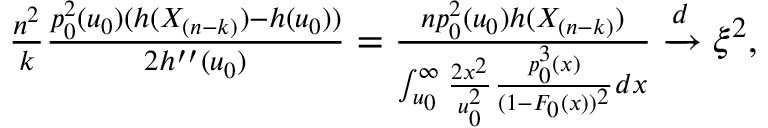
\begin{array} { r } { \frac { n ^ { 2 } } { k } \frac { p _ { 0 } ^ { 2 } ( u _ { 0 } ) ( h ( X _ { ( n - k ) } ) - h ( u _ { 0 } ) ) } { 2 h ^ { \prime \prime } ( u _ { 0 } ) } = \frac { n p _ { 0 } ^ { 2 } ( u _ { 0 } ) h ( X _ { ( n - k ) } ) } { \int _ { u _ { 0 } } ^ { \infty } \frac { 2 x ^ { 2 } } { u _ { 0 } ^ { 2 } } \frac { p _ { 0 } ^ { 3 } ( x ) } { ( 1 - F _ { 0 } ( x ) ) ^ { 2 } } d x } \xrightarrow { d } \xi ^ { 2 } , } \end{array}